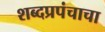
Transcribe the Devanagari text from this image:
शब्दप्रपंचाचा